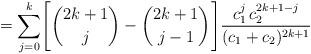
LaTeX: \begin{align*} = \sum_{j=0}^{k}\Biggl[ \binom{2k+1}{j}-\binom{2k+1}{j-1} \Biggr]\frac{c_1^{j}\,c_2^{2k+1-j}}{(c_1+c_2)^{2k+1}}\end{align*}